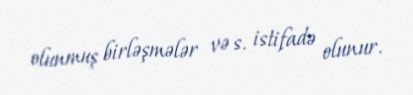
olunmuş birləşmələr və s. istifadə olunur.